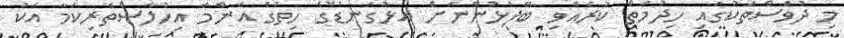
މި ދުވަސްތަކުގައި ހިދުމަތް ކުރެއްވި ބޭފުޅުންނަށް އަޅުގަނޑުގެ ހިތުގެ އެންމެ އިހުލާސްތެރިކަމާ އެކު